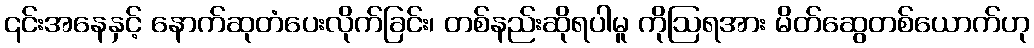
၎င်းအနေနှင့် နောက်ဆုတံပေးလိုက်ခြင်း၊ တစ်နည်းဆိုရပါမူ ကိုဩရအား မိတ်ဆွေတစ်ယောက်ဟု